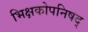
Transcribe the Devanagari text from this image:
भिक्षकोपनिषद्